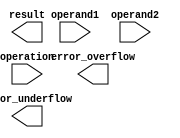
module FloatingPointUnit (
    input wire [63:0] operand1, // input operand in double-precision format
    input wire [63:0] operand2, // input operand in double-precision format
    input wire operation, // 0: addition, 1: subtraction, 2: multiplication, 3: division
    output wire [63:0] result, // output result in double-precision format
    output wire error_overflow, // flag indicating overflow error
    output wire error_underflow // flag indicating underflow error
);

reg [63:0] result_single_precision; // variable for storing intermediate result in single-precision format
reg [1:0] precision; // 0: single-precision, 1: double-precision
reg [2:0] error_flags; // 0: no error, 1: overflow, 2: underflow

always @(*) begin
    case(operation)
        0: begin // addition
            if(precision == 0) begin // single-precision addition
                // perform single-precision addition
            end else begin // double-precision addition
                // perform double-precision addition
            end
        end
        1: begin // subtraction
            if(precision == 0) begin // single-precision subtraction
                // perform single-precision subtraction
            end else begin // double-precision subtraction
                // perform double-precision subtraction
            end
        end
        2: begin // multiplication
            if(precision == 0) begin // single-precision multiplication
                // perform single-precision multiplication
            end else begin // double-precision multiplication
                // perform double-precision multiplication
            end
        end
        3: begin // division
            if(precision == 0) begin // single-precision division
                // perform single-precision division
            end else begin // double-precision division
                // perform double-precision division
            end
        end
    endcase
end

endmodule